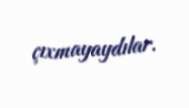
çıxmayaydılar.